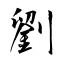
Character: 劉